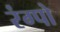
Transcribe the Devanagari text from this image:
रंग्पो